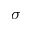
\sigma